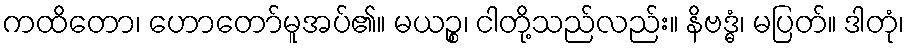
ကထိတော၊ ဟောတော်မူအပ်၏။ မယဉ္စ၊ ငါတို့သည်လည်း။ နိဗဒ္ဓံ၊ မပြတ်။ ဒါတုံ၊